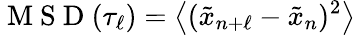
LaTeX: \mathrm{~M~S~D~}(\tau_{\ell})=\left\langle(\tilde{x}_{n+\ell}-\tilde{x}_{n})^{2}\right\rangle